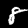
Label: 8